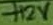
Text: +12V